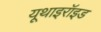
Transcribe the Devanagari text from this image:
यूथाइरॉइड